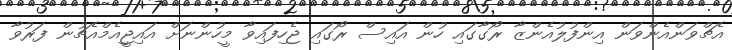
އެޗްވަންއެންވަން އިންފުލުއެންޒާ ރޯގާގައި ހުން އައިސް ރޯގައި ޖެހިފައިވާ މީހުންނަށް އައިޖީއެމްއެޗުން ފަރުވާ